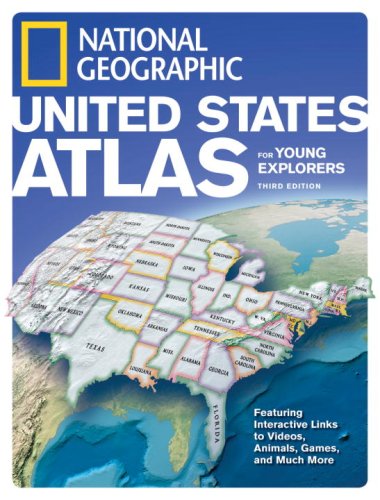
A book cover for National Geographic United States Atlas for Young Explorers, Third Edition; National Geographic; Reference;